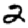
Digit: 2